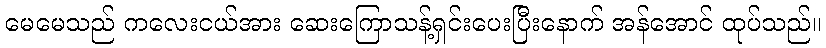
မေမေသည် ကလေးငယ်အား ဆေးကြောသန့်ရှင်းပေးပြီးနောက် အန်အောင် ထုပ်သည်။